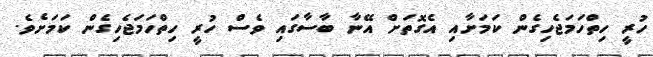
ހުރީ ހިތްހަމަޖެހިގެން ކަމަށާއި އެގޮތަށް އޭނާ ބާސާގައި ވެސް ހުރީ ހިތްހަމަޖެހިގެން ކަމަށެވެ.